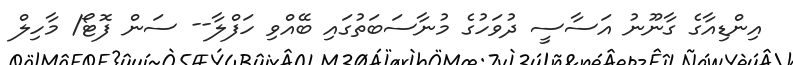
އިންޑިއާގެ ގާނޫނު އަސާސީ ދުވަހުގެ މުނާސަބަތުގައި ބޭއްވި ހަފްލާ-- ސަން ފޮޓޯ/ މާހިލް